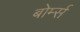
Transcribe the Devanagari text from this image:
बोर्म्स